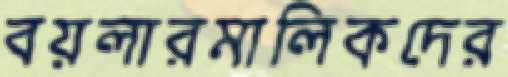
বয়লারমালিকদের